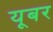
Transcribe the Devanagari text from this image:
यूबर